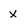
Character: x